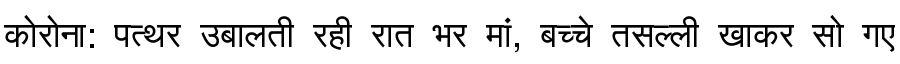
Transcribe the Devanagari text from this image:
कोरोना: पत्थर उबालती रही रात भर मां, बच्चे तसल्ली खाकर सो गए